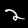
Digit: 2